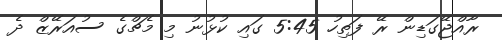
ރާއްޖޭގަޑިން ރޭ ފަތިހު 5:45 ގައި ކުޅުނު މި މެޗްގެ ސުއަރޭޒް ދެ